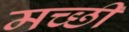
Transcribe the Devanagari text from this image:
मच्छी